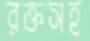
রক্তসহ